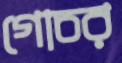
গোচর